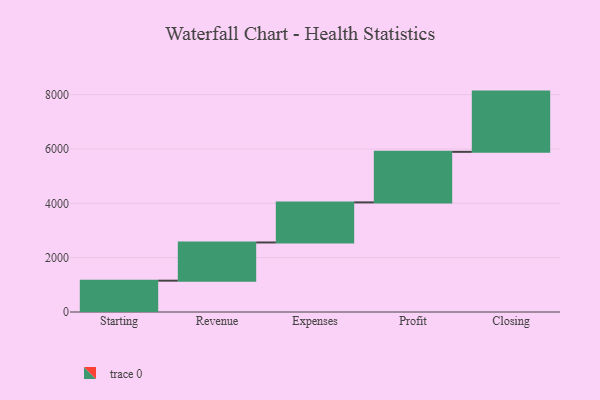
{"axis": {"x": "Step", "y": "Value"}, "legend": [""], "data": [{"x": "Starting", "y": 1153.0, "type": ""}, {"x": "Revenue", "y": 1406.0, "type": ""}, {"x": "Expenses", "y": 1475.0, "type": ""}, {"x": "Profit", "y": 1861.0, "type": ""}, {"x": "Closing", "y": 2217.0, "type": ""}]}